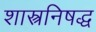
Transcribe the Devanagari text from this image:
शास्त्रनिषद्ध